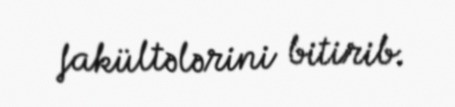
fakültələrini bitirib.